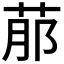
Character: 𦰢